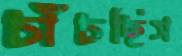
চাঁচছিস